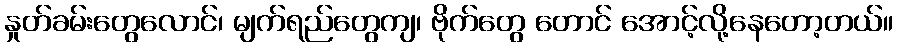
နှုတ်ခမ်းတွေလောင်၊ မျက်ရည်တွေကျ၊ ဗိုက်တွေ တောင် အောင့်လို့နေတော့တယ်။